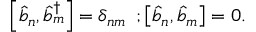
\left[ \hat { b } _ { n } , \hat { b } _ { m } ^ { \dag } \right] = \delta _ { n m } \, \, \, ; \left[ \hat { b } _ { n } , \hat { b } _ { m } \right] = 0 .